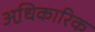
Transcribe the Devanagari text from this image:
अधि़कारिक